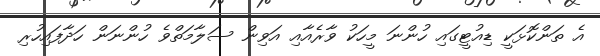
އެ ތަންކޮޅަކީ ޑިއުޓީގައި ހުންނަ މީހަކު ވާރެއާއި އަވިން ސަލާމަތްވެ ހުންނަން ހަދާފައިހުރި